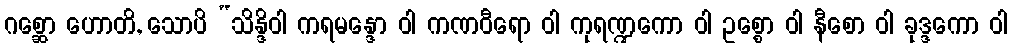
ဂစ္ဆော ဟောတိ, သောပိ “သိန္ဒိဝါ ကရမန္ဒော ဝါ ကဏဝီရော ဝါ ကုရဏ္ဍကော ဝါ ဥစ္စော ဝါ နီစော ဝါ ခုဒ္ဒကော ဝါ